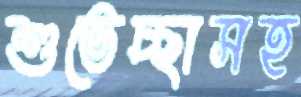
শুভেচ্ছাসহ